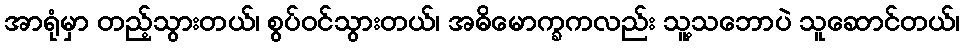
အာရုံမှာ တည့်သွားတယ်၊ စွပ်ဝင်သွားတယ်၊ အဓိမောက္ခကလည်း သူ့သဘောပဲ သူဆောင်တယ်၊